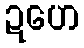
ဍဟေ